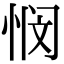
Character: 悯